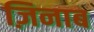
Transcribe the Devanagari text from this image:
ज़िनाब